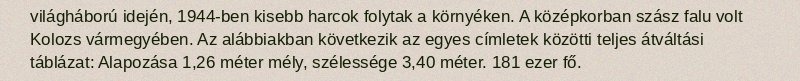
világháború idején, 1944-ben kisebb harcok folytak a környéken. A középkorban szász falu volt Kolozs vármegyében. Az alábbiakban következik az egyes címletek közötti teljes átváltási táblázat: Alapozása 1,26 méter mély, szélessége 3,40 méter. 181 ezer fő.